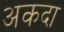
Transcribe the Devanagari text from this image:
अकदा